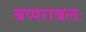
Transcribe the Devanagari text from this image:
बप्परावलः